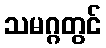
သမဂ္ဂတွင်